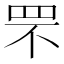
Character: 罘